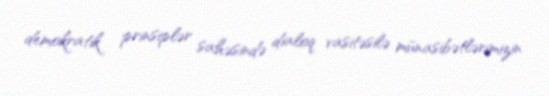
demokratik prinsiplər sahəsində dialoq vasitəsilə münasibətlərimizin